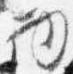
物